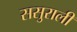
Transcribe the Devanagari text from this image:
ससुराली